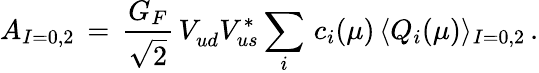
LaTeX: A_{I=0,2}\, =\, \frac{G_{F}}{\sqrt{2}}\, V_{ud}^{}V_{us}^{*}\sum_{i}\, c_{i}(\mu)\, \langle Q_{i}(\mu)\rangle_{I=0,2}\, .